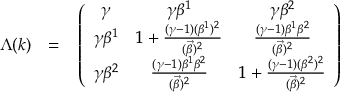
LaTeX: \Lambda ( k ) ~ ~ = ~ ~ \left( \begin{array} { c c c } { { { \gamma } } } & { { { \gamma } { \beta } ^ { 1 } } } & { { { \gamma } { \beta } ^ { 2 } } } \\ { { { \gamma } { \beta } ^ { 1 } } } & { { 1 + \frac { ( { \gamma } - 1 ) ( { \beta } ^ { 1 } ) ^ { 2 } } { ( \vec { \beta } ) ^ { 2 } } } } & { { \frac { ( { \gamma } - 1 ) { \beta } ^ { 1 } { \beta } ^ { 2 } } { ( \vec { \beta } ) ^ { 2 } } } } \\ { { { \gamma } { \beta } ^ { 2 } } } & { { \frac { ( { \gamma } - 1 ) { \beta } ^ { 1 } { \beta } ^ { 2 } } { ( \vec { \beta } ) ^ { 2 } } } } & { { 1 + \frac { ( { \gamma } - 1 ) ( { \beta } ^ { 2 } ) ^ { 2 } } { ( \vec { \beta } ) ^ { 2 } } } } \end{array} \right)